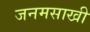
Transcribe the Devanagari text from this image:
जनमसाखी